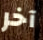
آخر